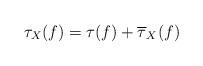
LaTeX: \begin{align*}\tau_X(f)=\tau(f)+\overline{\tau}_X(f)\end{align*}